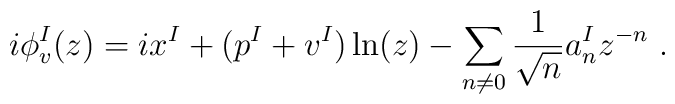
i\phi^I_v (z) =ix^I+(p^I +v^I)\ln(z) -\sum_{n\not=0} {1\over{\sqrt{n}}}  a^I_{n} z^{-n} ~.